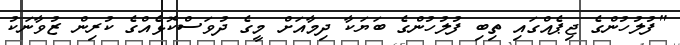
"ފުލުހުންގެ ޖިޕެއްގައި ތިބި ފުލުހުންގެ ބަޔަކާ ދިމާއަށް މީގެ ދުވަސްކޮޅެއްގެ ކުރިން ޒުވާނަކު